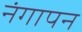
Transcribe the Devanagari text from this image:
नंगापन